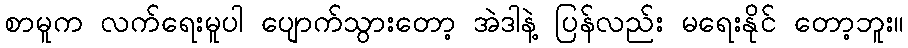
စာမူက လက်ရေးမူပါ ပျောက်သွားတော့ အဲဒါနဲ့ ပြန်လည်း မရေးနိုင် တော့ဘူး။